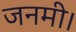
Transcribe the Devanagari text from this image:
जनमी।